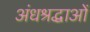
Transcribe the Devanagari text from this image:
अंधश्रद्धाओं